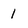
Character: 1